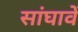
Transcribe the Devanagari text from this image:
सांघावें